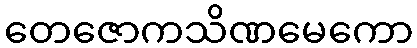
တေဇောကသိဏမေကော